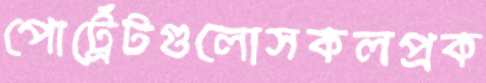
পোর্ট্রেটগুলোসকলপ্রক